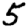
Digit: 5